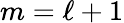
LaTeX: m=\ell+1